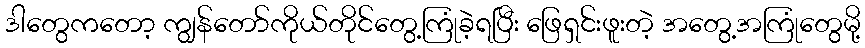
ဒါတွေကတော့ ကျွန်တော်ကိုယ်တိုင်တွေ့ကြုံခဲ့ရပြီး ဖြေရှင်းဖူးတဲ့ အတွေ့အကြုံတွေမို့